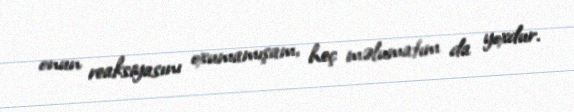
onun reaksiyasını oxumamışam, heç məlumatım da yoxdur.